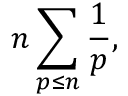
n \sum _ { p \leq n } { \frac { 1 } { p } } ,